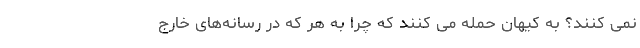
نمی کنند؟ به کیهان حمله می کنند که چرا به هر که در رسانه‌های خارج